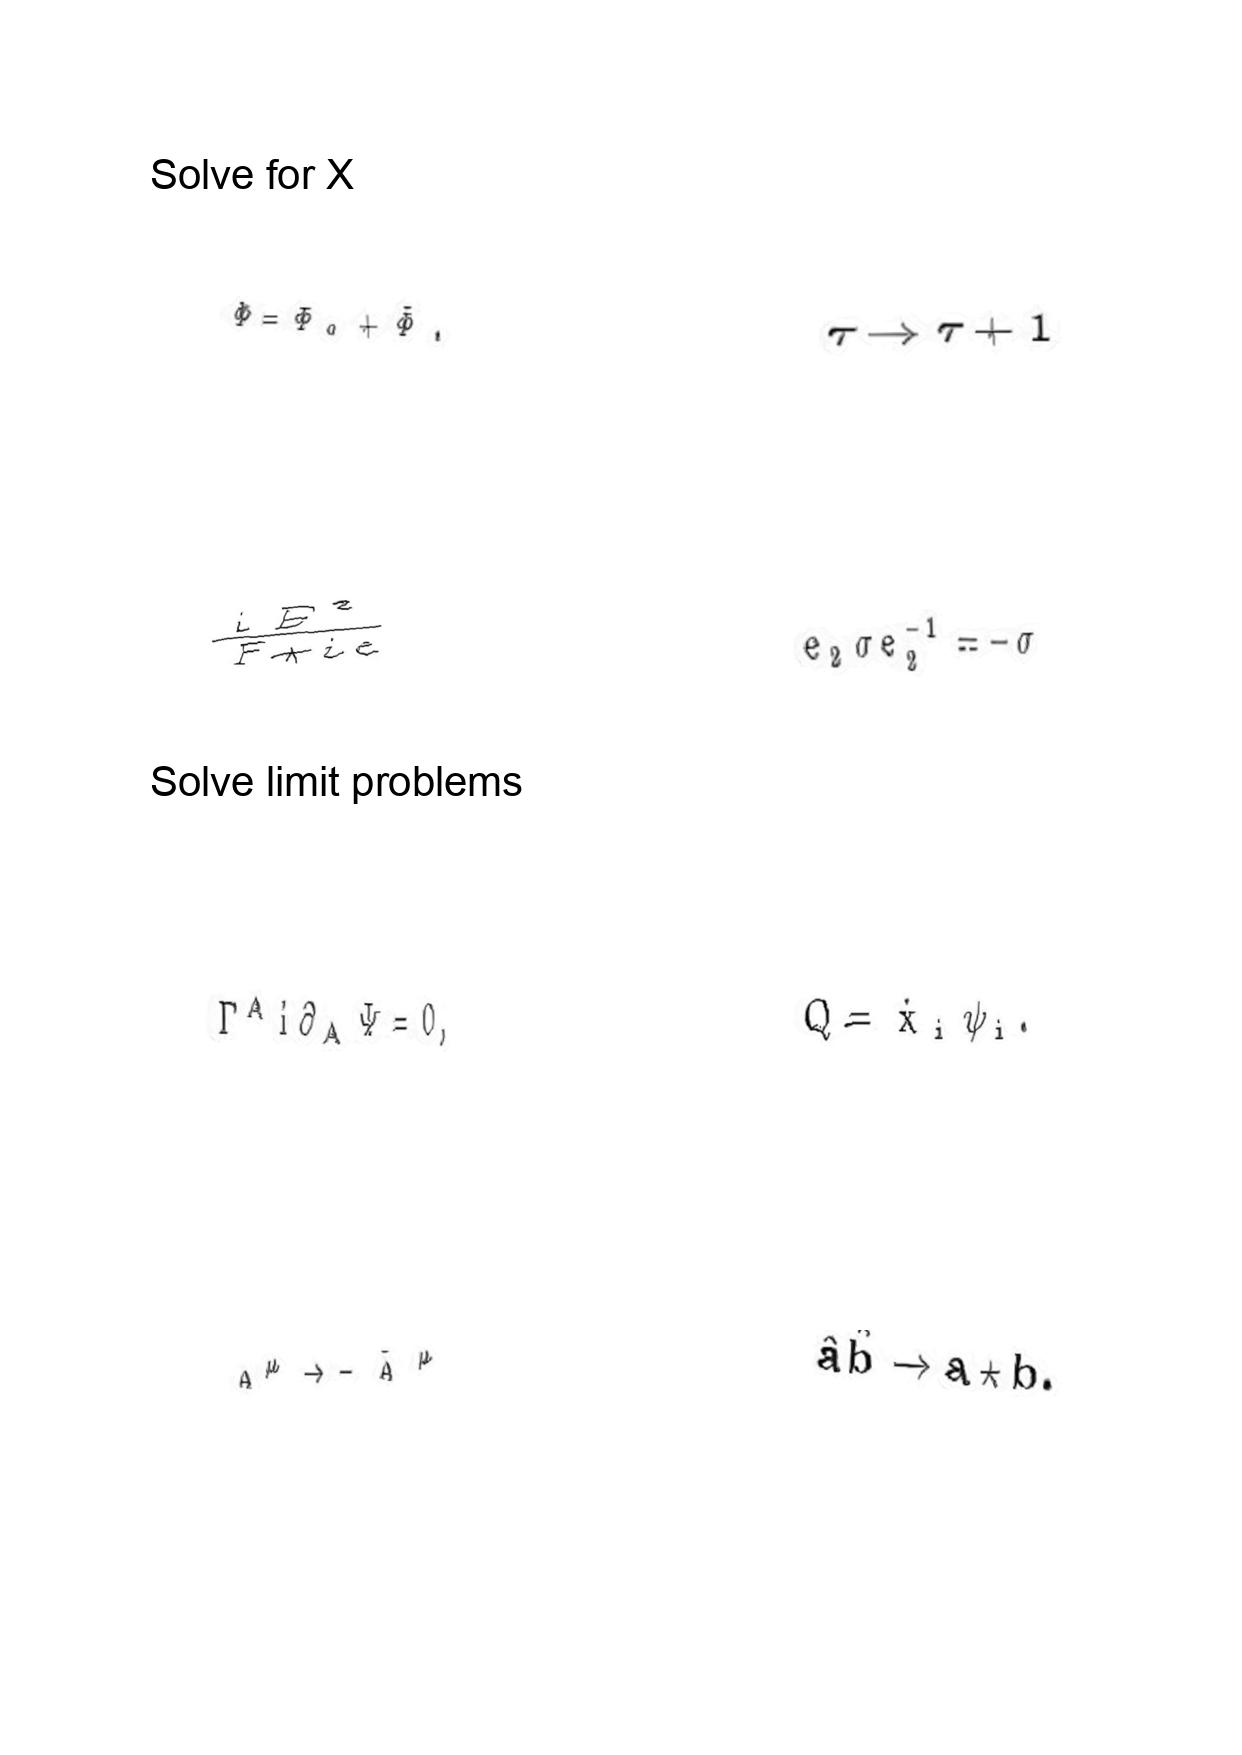
LaTeX transcription:
\Phi = \Phi _ { 0 } + \tilde { \Phi } .
\frac { i E ^ { 2 } } { F + i \epsilon }
\Gamma ^ { A } i \partial _ { A } \Psi = 0 ,
A ^ { \mu } \rightarrow - \tilde { A } ^ { \mu }
\tau \rightarrow \tau + 1
e _ { 2 } \sigma e _ { 2 } ^ { - 1 } = - \sigma
Q = \dot { x } _ { i } \psi _ { i } .
\hat { a } \hat { b } \rightarrow a \star b .